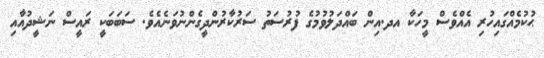
ޙުކުމެއްގައިހުރި އެއްވެސް މީހަކާ އދ.އިން ބައްދަލުވުމުގެ ފުރުސަތު ސަރުކާރުންދީގެންނުވަނެއެވެ. ސަބަބަކީ ރައީސް ނަޝީީދުއާއި